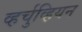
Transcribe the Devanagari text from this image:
व्हर्चुव्हियन